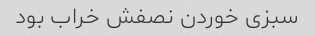
سبزی خوردن نصفش خراب بود